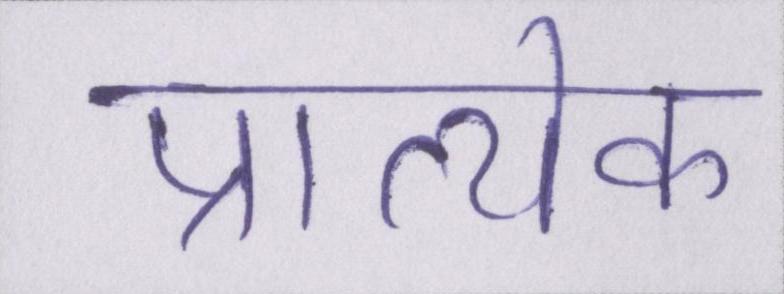
प्रात्येक